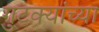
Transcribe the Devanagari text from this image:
गुटक्यांच्या